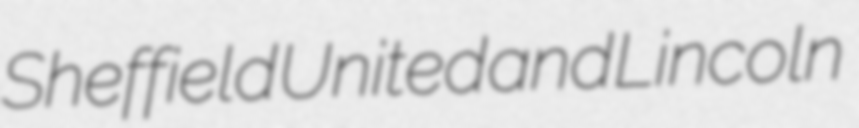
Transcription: Sheffield United and Lincoln